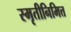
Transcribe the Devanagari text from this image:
स्मृतीनिमित्त